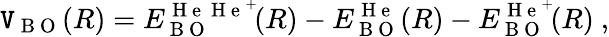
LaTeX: \mathtt{V}_{\mathrm{{~B~O~}}}(R)=E_{\mathrm{{~B~O~}}}^{\mathrm{{~H~e~}}\mathrm{{~H~e~}}^{+}}\! (R)-E_{\mathrm{{~B~O~}}}^{\mathrm{{~H~e~}}}(R)-E_{\mathrm{{~B~O~}}}^{\mathrm{{~H~e~}}^{+}}\! (R)\ ,